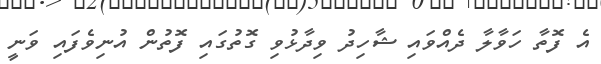
އެ ފޮތާ ހަވާލާ ދެއްވައި ޝާހިދު ވިދާޅުވި ގޮތުގައި ފޮތުން އުނިވެފައި ވަނީ